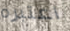
اعتبره